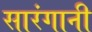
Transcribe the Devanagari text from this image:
सारंगानी